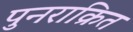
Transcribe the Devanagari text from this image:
पुनराक्रित